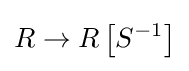
R\to R\left[S^{-1}\right]